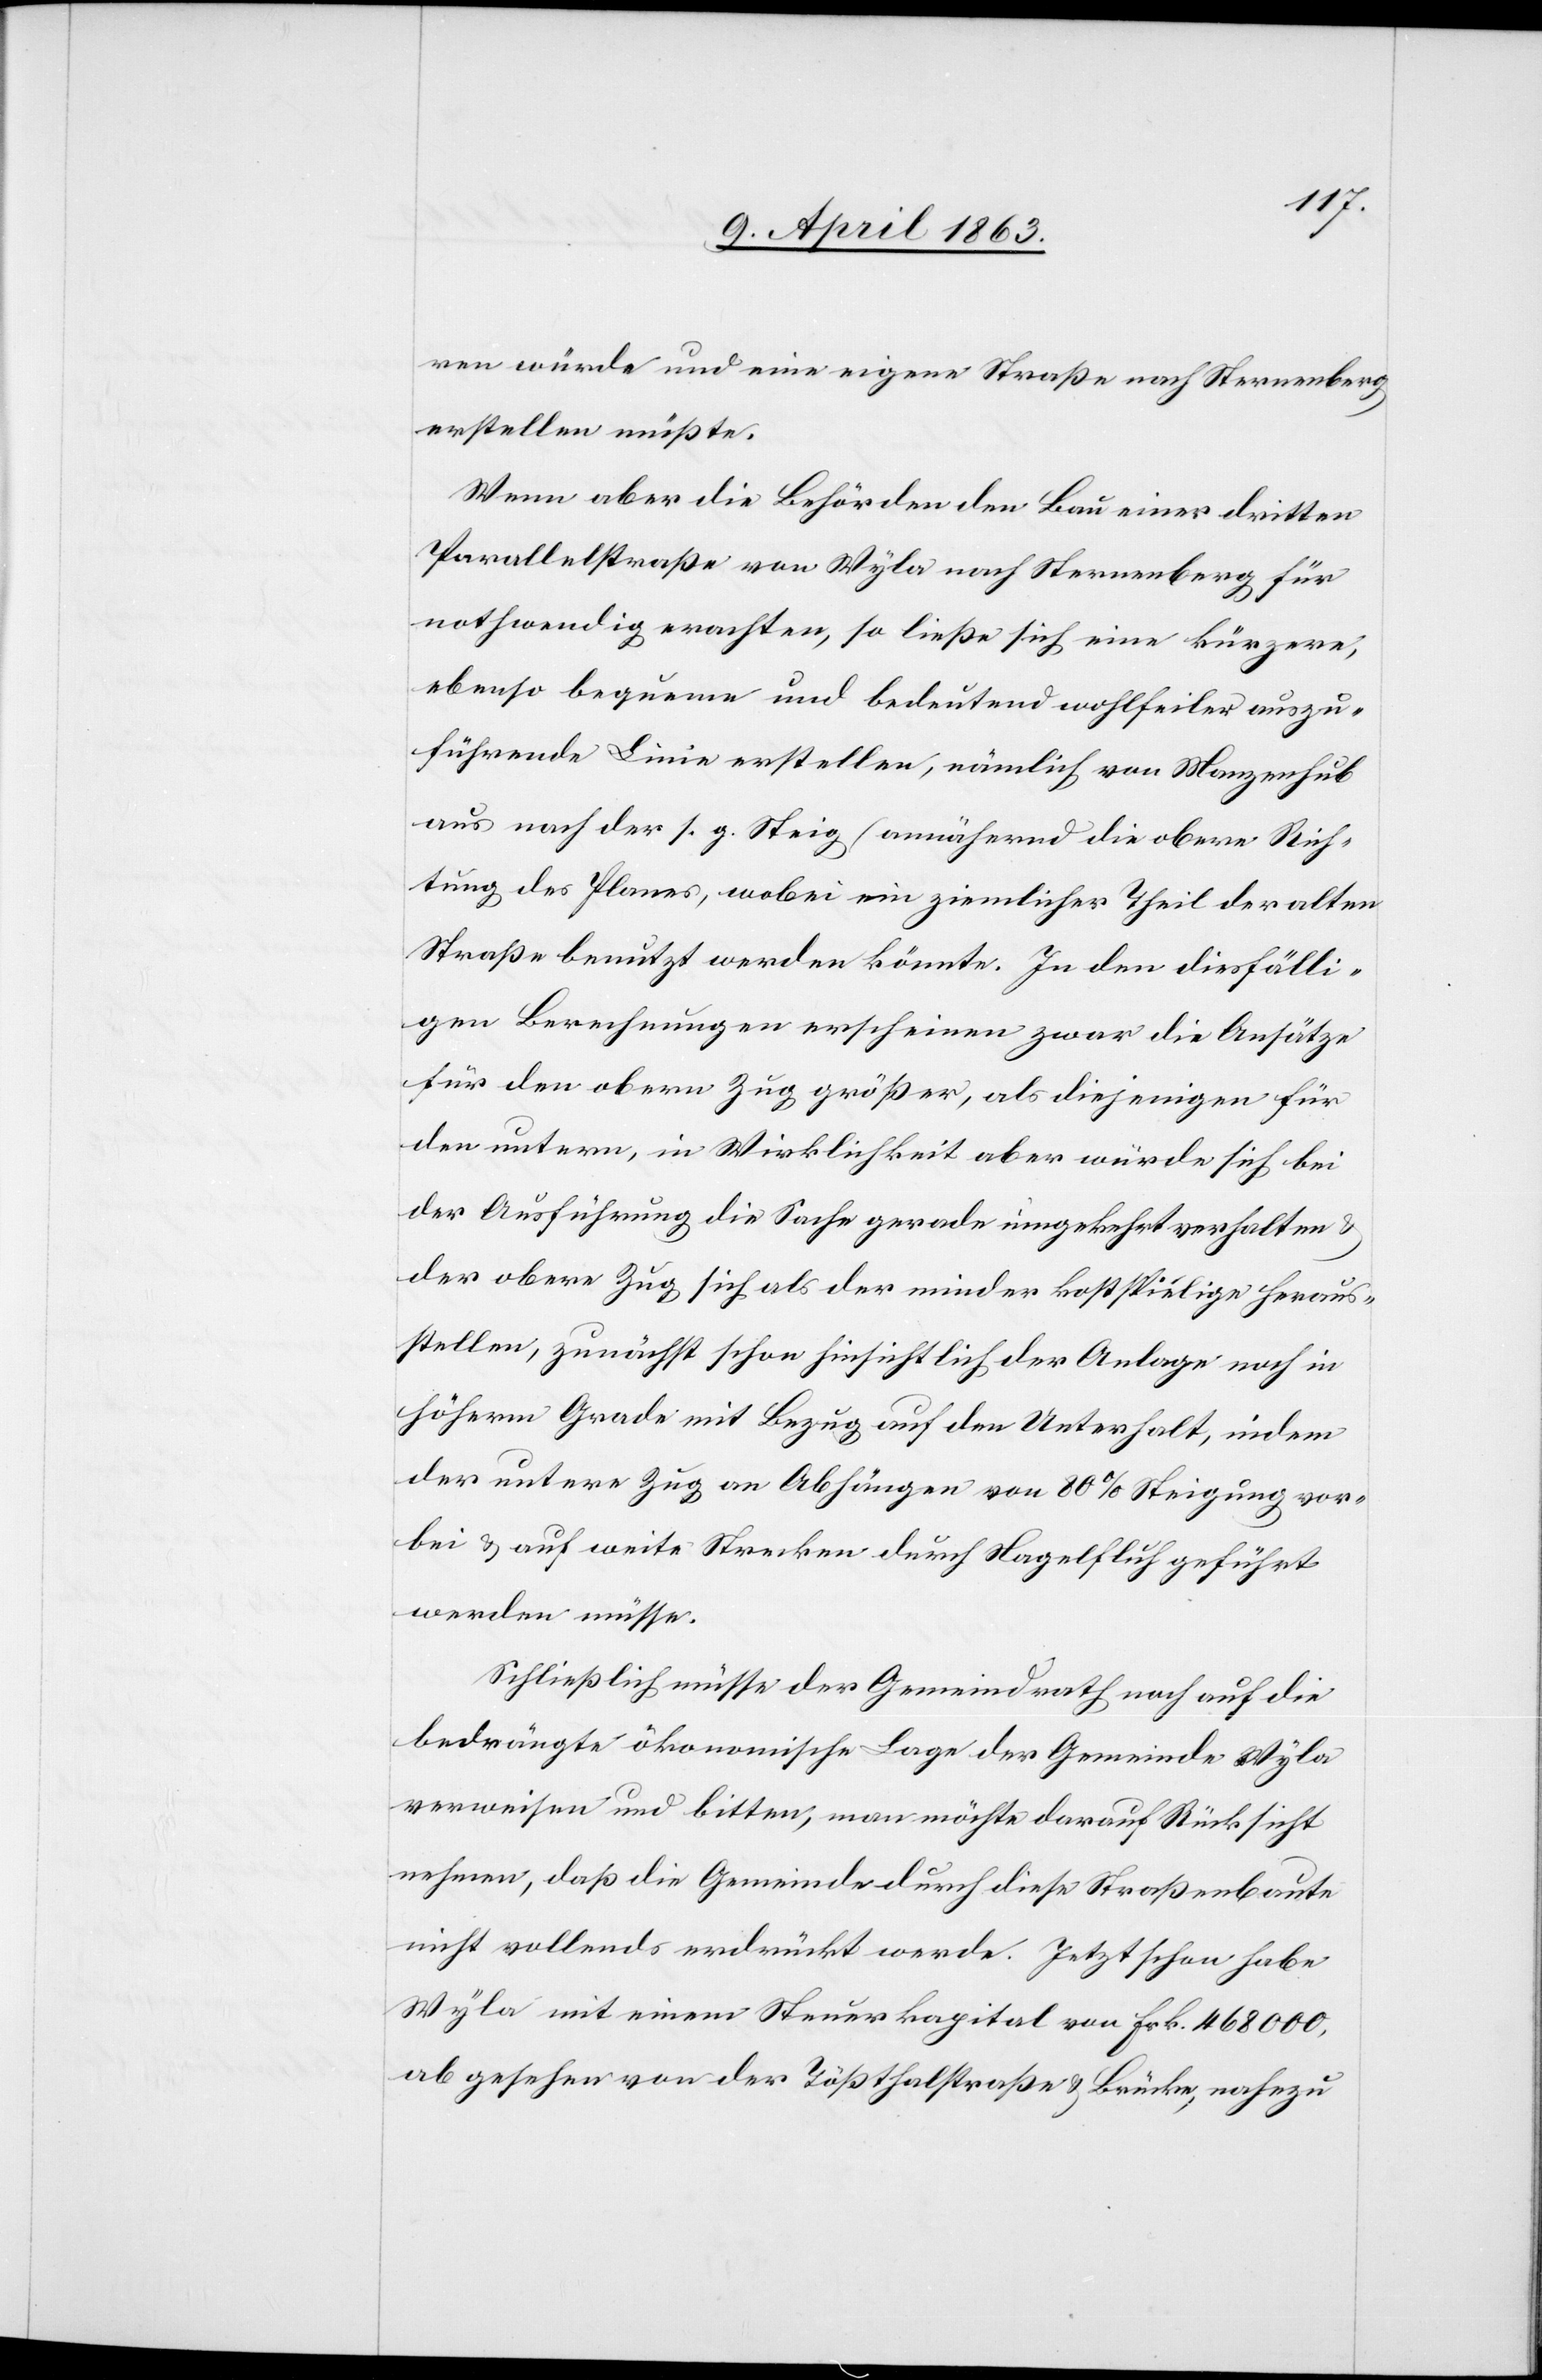
ren würde und eine eigene Straße nach Sternenberg
erstellen müßte.
Wenn aber die Behörden den Bau einer dritten
Parallelstraße von Wyla nach Sternenberg für
nothwendig erachten, so ließe sich eine kürzere,
ebenso bequeme und bedeutend wohlfeiler auszu¬
führende Linie erstellen, nämlich von Manzenhub
aus nach der s. g. Steig (annährend die obere Rich¬
tung des Planes[)], wobei ein ziemlicher Theil der alten
Straße benutzt werden könnte. In den diesfälli¬
gen Berechnungen erschienen zwar die Ansätze
für den obern Zug größer, als diejenigen für
den untern, in Wirklichkeit aber würde sich bei
der Ausführung die Sache gerade umgekehrt verhalten
der obere Zug sich als der minder kostspielige heraus¬
stellen, zunächst schon hinsichtlich der Anlage noch in
höherm Grade mit Bezug auf den Unterhalt, indem
der untere Zug an Abhängen von 80% Steigung vor¬
bei & auf weite Strecken durch Nagelfluh geführt
werden müsse.
Schließlich müsse der Gemeindrath noch auf die
bedrängte ökonomische Lage der Gemeinde Wyla
verweisen und bitten, man möchte darauf Rücksicht
nehmen, daß die Gemeinde durch diese Straßenbaute
nicht vollends erdrückt werde. Jetzt schon habe
Wyla mit einem Steuerkapital von Frk. 468 000,
abgesehen von der Tößthalstraße & Brücke, nahezu